Notes on vaccination in the North-West Frontier Province 1923-1928 - 1923-1928
Year: 1923
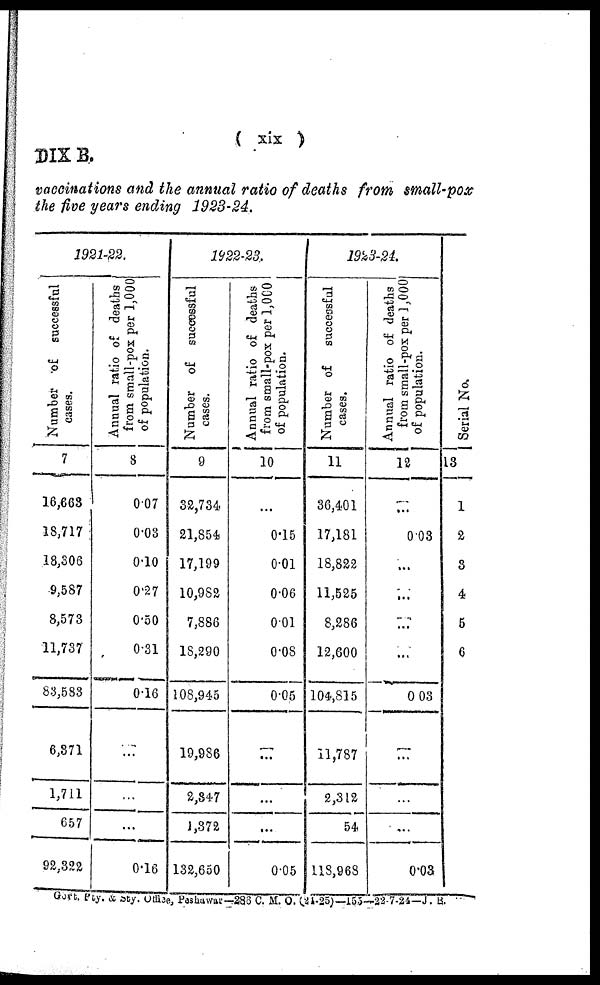
( xix )
DIX B.
vaccinations and the annual ratio of deaths from small-pox
the five years ending 1923-24.
1921-22.
Number of successful
cases.
7
16,663
18,717
18,306
9,587
8,573
11,737
83,588
6,871
1,711
657
92,322
Annual ratio of deaths
from small-pox per 1,000
of population.
8
0.07
0.03
0.10
0.27
0.50
0.31
0.16
...
...
...
0.16
1922-23.
Number of successful
cases.
9
32,734
21,854
17,199
10,982
7,886
18,290
108,945
19,986
2,347
1,372
132,650
Annual ratio of deaths
from small-pox per 1,000
of population.
10
...
0.15
0.01
0.06
0.01
0.08
0.05
...
...
...
0.05
1923-24.
Number of
successful
cases.
11
36,401
17,181
18,822
11,525
8,286
12,600
104,815
11,787
2,312
54
118,968
Annual ratio of deaths
from small-pox per 1,000
of population.
12
...
0.03
...
...
...
...
0.03
...
...
...
0.03
Serial No.
13
1
2
3
4
5
6
Govt. Pty. & Sty. Office, Peshawar-286 C. M. O. (24-25)—155—22-7-24—J. B.